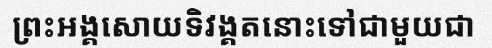
ព្រះអង្គសោយទិវង្គតនោះទៅជាមួយជា